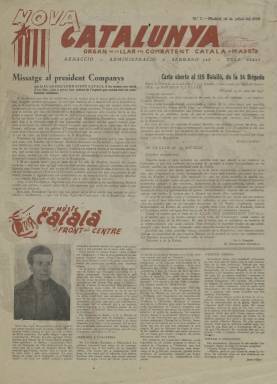
Título: Nova Catalunya (Madrid)
Colección: Revistas de información general || Guerra civil
Ámbito geográfico: Madrid
Lugar de publicación: Madrid
Fechas: 18/07/1938-18/07/1938